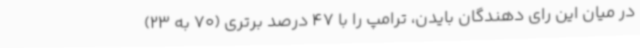
در میان این رای دهندگان بایدن، ترامپ را با 47 درصد برتری (70 به 23)